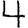
Digit: 4